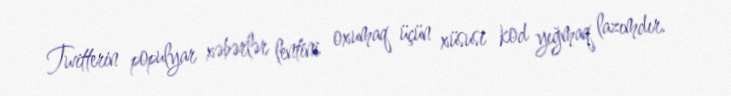
Twitterin populyar xəbərlər lentini oxumaq üçün xüsusi kod yığmaq lazımdır.